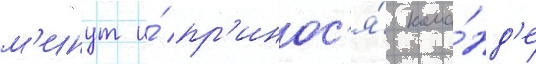
м'инут и́ пр'инос'я́ кома́нд'е